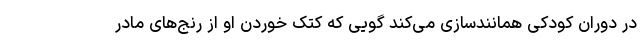
در دوران کودکی همانندسازی می‌کند گویی که کتک خوردن او از رنج‌های مادر